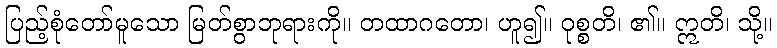
ပြည့်စုံတော်မူသော မြတ်စွာဘုရားကို။ တထာဂတော၊ ဟူ၍။ ဝုစ္စတိ၊ ၏။ ဣတိ၊ သို့။